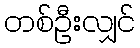
တစ်ဦးလျှင်